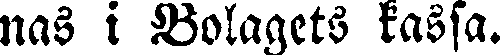
nas i Bolagets kassa.